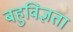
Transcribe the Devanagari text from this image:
बहुविज्ञता